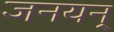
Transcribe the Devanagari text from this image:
जनयन्